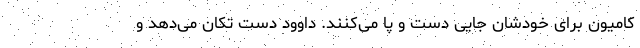
کامیون برای خودشان جایی دست و پا می‌کنند. داوود دست تکان می‌دهد و